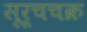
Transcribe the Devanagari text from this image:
सूर्चचक्र